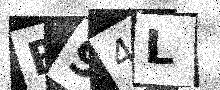
Text: F94L